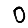
Digit: 0